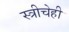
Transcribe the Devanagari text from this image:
स्त्रीचेही